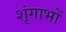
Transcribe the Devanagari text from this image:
शृंगाभों